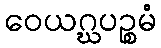
ဝေယဂ္ဃပဉ္စမံ